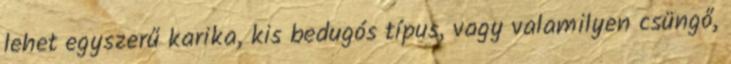
lehet egyszerű karika, kis bedugós típus, vagy valamilyen csüngő,